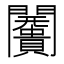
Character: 𮤩